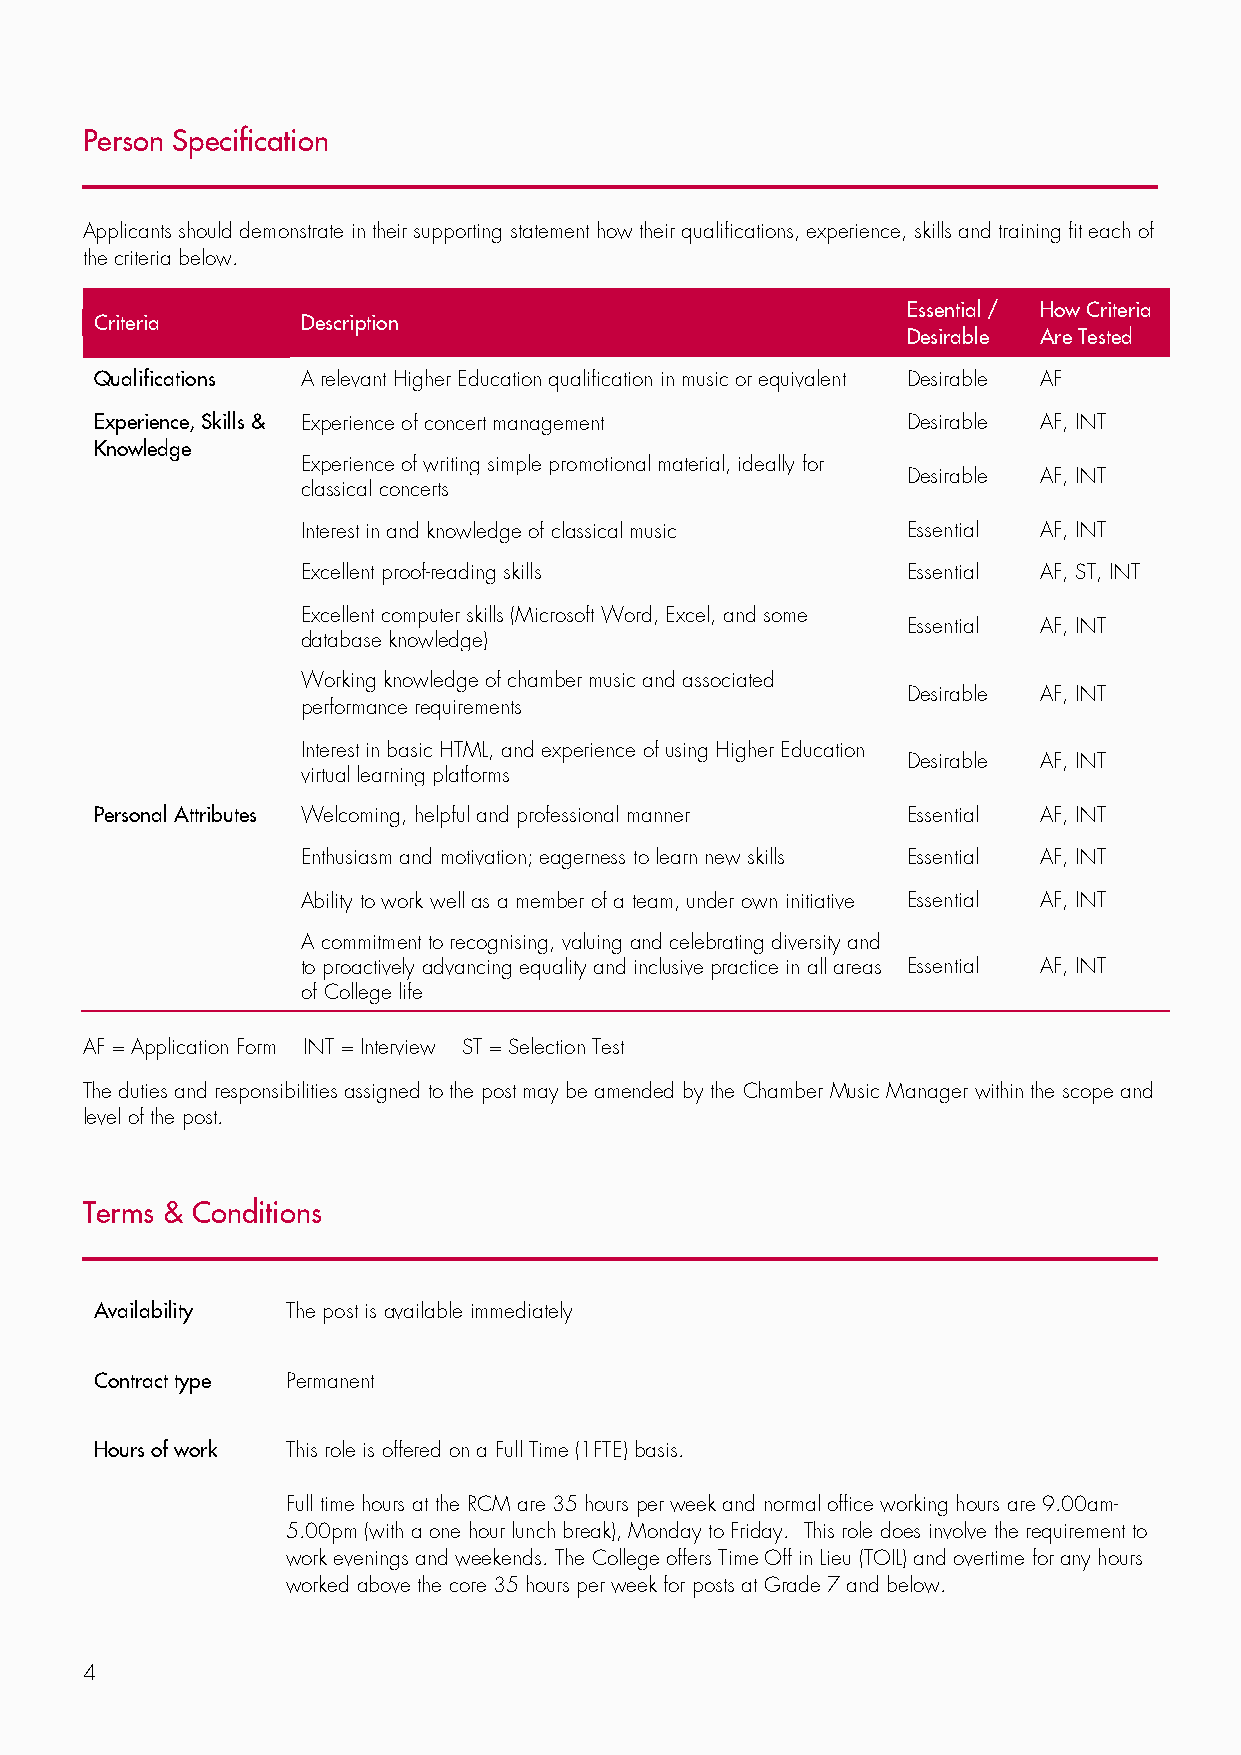
Person Specification
 Applicants should demonstrate in their supporting statement how their qualifications, experience, skills and training fit each of
 the criteria below.
 Essential / How Criteria
 Criteria      Description
 Desirable Are Tested
 Qualifications A relevant Higher Education qualification in music or equivalent Desirable AF
 Experience, Skills & Experience of concert management Desirable AF, INT
 Knowledge
 Experience of writing simple promotional material, ideally for
 Desirable AF, INT
 classical concerts
 Interest in and knowledge of classical music Essential AF, INT
 Excellent proof-reading skills          Essential AF, ST, INT
 Excellent computer skills (Microsoft Word, Excel, and some
 Essential AF, INT
 database knowledge)
 Working knowledge of chamber music and associated
 Desirable AF, INT
 performance requirements
 Interest in basic HTML, and experience of using Higher Education
 Desirable AF, INT
 virtual learning platforms
 Personal Attributes Welcoming, helpful and professional manner Essential AF, INT
 Enthusiasm and motivation; eagerness to learn new skills Essential AF, INT
 Ability to work well as a member of a team, under own initiative Essential AF, INT
 A commitment to recognising, valuing and celebrating diversity and
 to proactively advancing equality and inclusive practice in all areas Essential AF, INT
 of College life
 AF = Application Form INT = Interview ST = Selection Test
 The duties and responsibilities assigned to the post may be amended by the Chamber Music Manager within the scope and
 level of the post.
 Terms & Conditions
 Availability The post is available immediately
 Contract type Permanent
 Hours of work This role is offered on a Full Time (1FTE) basis.
 Full time hours at the RCM are 35 hours per week and normal office working hours are 9.00am-
 5.00pm (with a one hour lunch break), Monday to Friday. This role does involve the requirement to
 work evenings and weekends. The College offers Time Off in Lieu (TOIL) and overtime for any hours
 worked above the core 35 hours per week for posts at Grade 7 and below.
 4